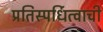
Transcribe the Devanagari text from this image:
प्रतिस्पर्धित्वाची